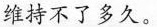
维持不了多久。